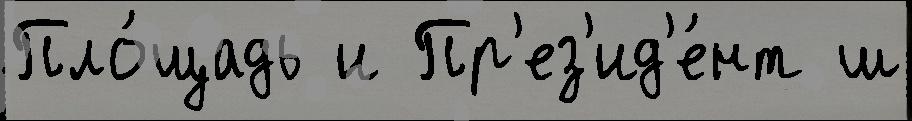
Пло́щадь и Пр'ез'ид'е́нт ш